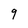
Character: 9